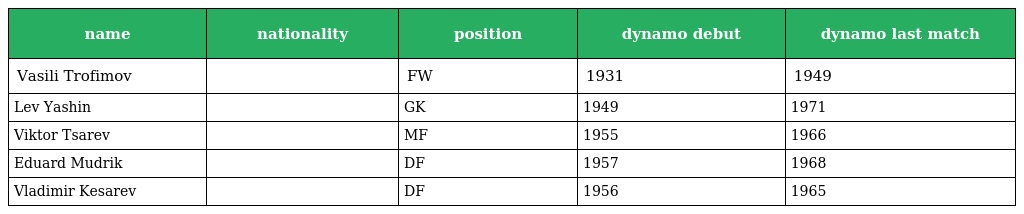
| name | nationality | position | dynamo debut | dynamo last match |
 | --- | --- | --- | --- | --- |
 | Vasili Trofimov |  | FW | 1931 | 1949 |
 | Lev Yashin |  | GK | 1949 | 1971 |
 | Viktor Tsarev |  | MF | 1955 | 1966 |
 | Eduard Mudrik |  | DF | 1957 | 1968 |
 | Vladimir Kesarev |  | DF | 1956 | 1965 |